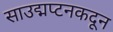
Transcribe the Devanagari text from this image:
साउद्मप्टनकदून